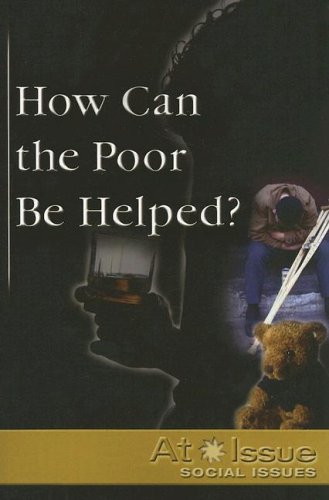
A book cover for How Can the Poor Be Helped? (At Issue); Teen & Young Adult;